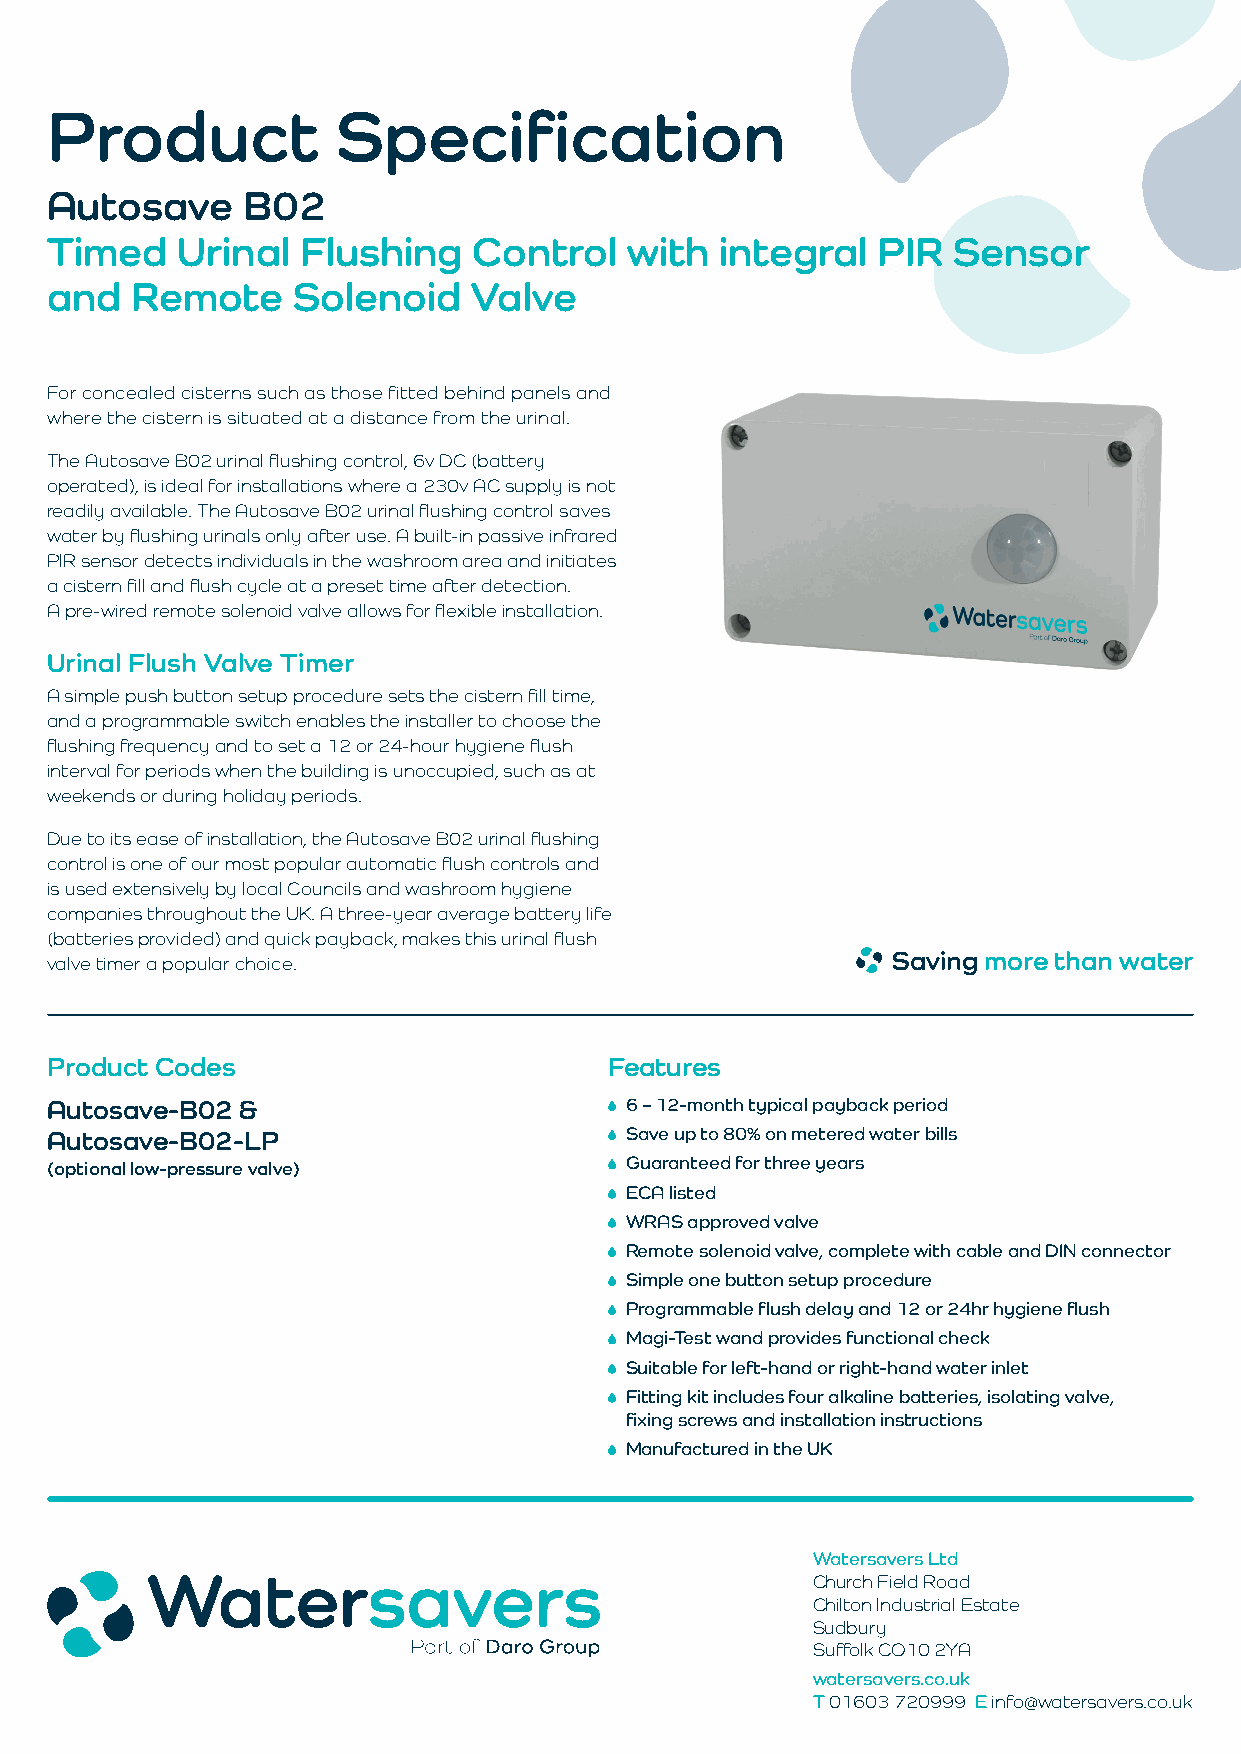
Product            Specification
 Autosave     B02
 Timed    Urinal  Flushing   Control   with   integral  PIR  Sensor
 and   Remote    Solenoid    Valve
 For concealed cisterns such as those fitted behind panels and
 where the cistern is situated at a distance from the urinal.
 The Autosave B02 urinal flushing control, 6v DC (battery
 operated), is ideal for installations where a 230v AC supply is not
 readily available. The Autosave B02 urinal flushing control saves
 water by flushing urinals only after use. A built-in passive infrared
 PIR sensor detects individuals in the washroom area and initiates
 a cistern fill and flush cycle at a preset time after detection.
 A pre-wired remote solenoid valve allows for flexible installation.
 Urinal Flush Valve Timer
 A simple push button setup procedure sets the cistern fill time,
 and a programmable switch enables the installer to choose the
 flushing frequency and to set a 12 or 24-hour hygiene flush
 interval for periods when the building is unoccupied, such as at
 weekends or during holiday periods.
 Due to its ease of installation, the Autosave B02 urinal flushing
 control is one of our most popular automatic flush controls and
 is used extensively by local Councils and washroom hygiene
 companies throughout the UK. A three-year average battery life
 (batteries provided) and quick payback, makes this urinal flush
 Saving more than water
 valve timer a popular choice.
 Product Codes                        Features
 Autosave-B02 &                        6 – 12-month typical payback period
 Autosave-B02-LP                       Save up to 80% on metered water bills
 (optional low-pressure valve)         Guaranteed for three years
 ECA listed
 WRAS approved valve
 Remote solenoid valve, complete with cable and DIN connector
 Simple one button setup procedure
 Programmable flush delay and 12 or 24hr hygiene flush
 Magi-Test wand provides functional check
 Suitable for left-hand or right-hand water inlet
 Fitting kit includes four alkaline batteries, isolating valve,
 fixing screws and installation instructions
 Manufactured in the UK
 Watersavers Ltd
 Church Field Road
 Chilton Industrial Estate
 Sudbury
 Suffolk CO10 2YA
 watersavers.co.uk
 T 01603 720999 E info@watersavers.co.uk